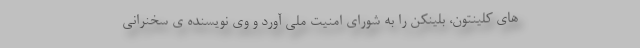
های کلینتون، بلینکن را به شورای امنیت ملی آورد و وی نویسنده ی سخنرانی